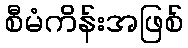
စီမံကိန်းအဖြစ်